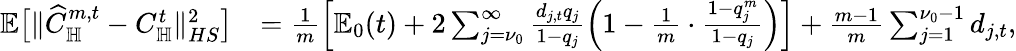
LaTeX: \begin{array}{rl}{\mathbb E\big[\| \widehat C_{\mathbb H}^{m,t}-C_{\mathbb H}^{t}\| _{HS}^{2}\big]}&{=\frac 1m\left[\mathbb E_{0}(t)+2\sum_{j=\nu_{0}}^{\infty}\frac{d_{j,t}q_{j}}{1-q_{j}}\left(1-\frac{1}m\cdot\frac{1-q_{j}^{m}}{1-q_{j}}\right)\right]+\frac{m-1}m\sum_{j=1}^{\nu_{0}-1}d_{j,t},}\end{array}